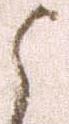
よ